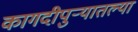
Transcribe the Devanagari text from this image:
कागदीपुर्‍यातल्या